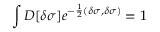
\int { \cal D } [ \delta \sigma ] e ^ { - \frac { 1 } { 2 } ( \delta \sigma , \delta \sigma ) } = 1